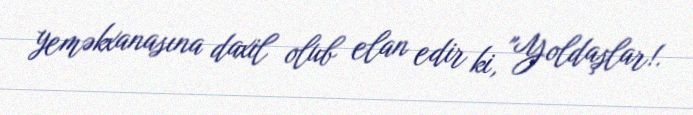
yeməkxanasına daxil olub elan edir ki, "Yoldaşlar!.